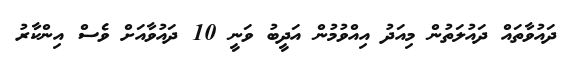
ދައުވާތައް ދައުލަތުން މިއަދު އިއްވުމުން އަދީބު ވަނީ 10 ދައުވާއަށް ވެސް އިންކާރު